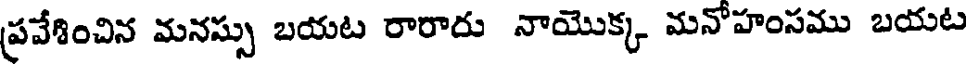
ప్రవేశించిన మనస్సు బయట రారాదు నాయొక్క మనోహంసము బయట